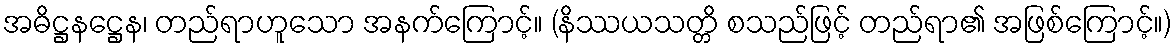
အဓိဋ္ဌနဋ္ဌေန၊ တည်ရာဟူသော အနက်ကြောင့်။ (နိဿယသတ္တိ စသည်ဖြင့် တည်ရာ၏ အဖြစ်ကြောင့်။)